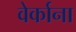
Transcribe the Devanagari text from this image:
वेर्काना